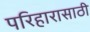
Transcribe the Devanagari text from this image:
परिहारासाठी